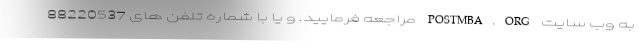
به وب سایت POSTMBA.ORG مراجعه فرمایید. و یا با شماره تلفن های 88220537